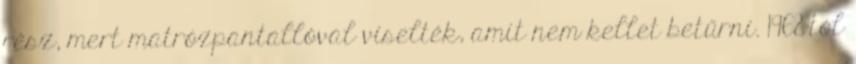
rész, mert matrózpantallóval viselték, amit nem kellet betűrni. 1968-tól